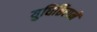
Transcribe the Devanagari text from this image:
युधिष्ठिरानें